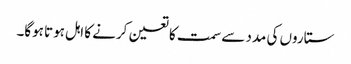
ستاروں کی مدد سے سمت کا تعین کرنے کا اہل ہوتا ہوگا۔